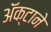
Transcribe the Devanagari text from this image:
अॅक्टाने